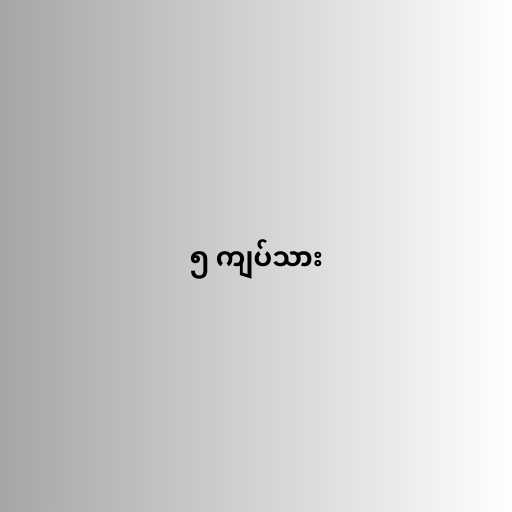
၅ ကျပ်သား